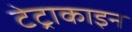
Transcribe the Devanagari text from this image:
टेट्राकाइन